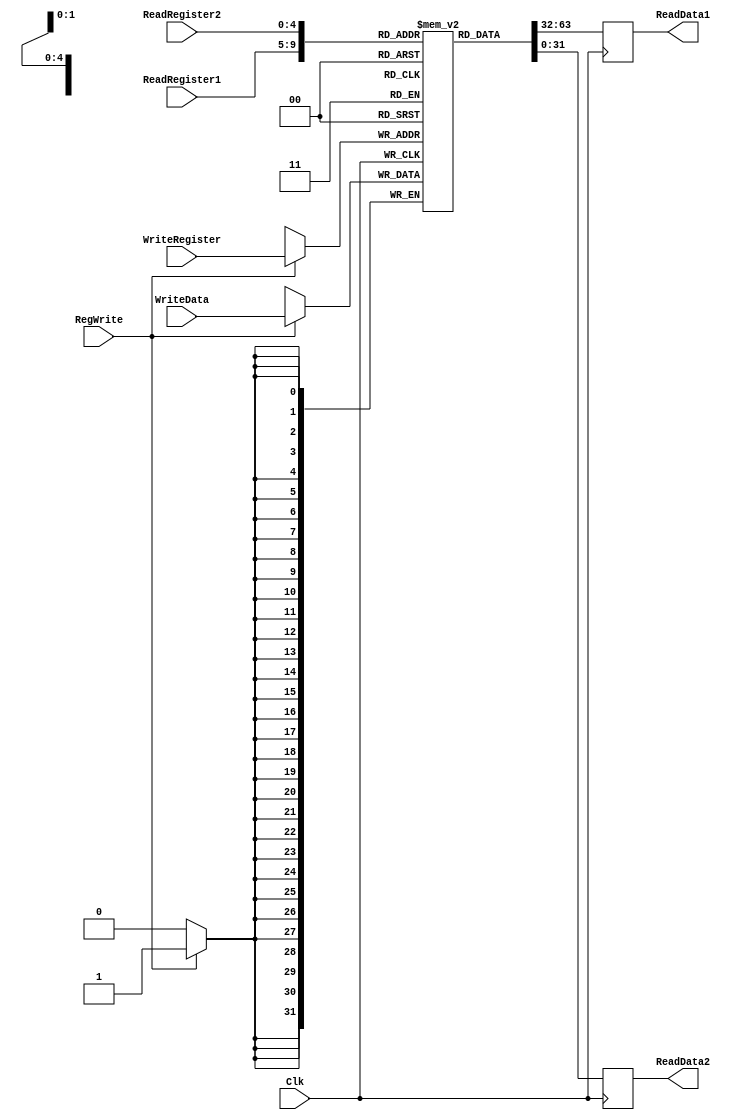
// INPUTS:-
// ReadRegister1: 5-Bit address to select a register to be read through 32-Bit 
//                output port 'ReadRegister1'.
// ReadRegister2: 5-Bit address to select a register to be read through 32-Bit 
//                output port 'ReadRegister2'.
// WriteRegister: 5-Bit address to select a register to be written through 32-Bit
//                input port 'WriteRegister'.
// WriteData: 32-Bit write input port.
// RegWrite: 1-Bit control input signal.
//
// OUTPUTS:-
// ReadData1: 32-Bit registered output. 
// ReadData2: 32-Bit registered output. 
//
// FUNCTIONALITY:-
// 'ReadRegister1' and 'ReadRegister2' are two 5-bit addresses to read two 
// registers simultaneously. The two 32-bit data sets are available on ports 
// 'ReadData1' and 'ReadData2', respectively. 'ReadData1' and 'ReadData2' are 
// registered outputs (output of register file is written into these registers 
// at the falling edge of the clock). You can view it as if outputs of registers
// specified by ReadRegister1 and ReadRegister2 are written into output 
// registers ReadData1 and ReadData2 at the falling edge of the clock. 
//
// 'RegWrite' signal is high during the rising edge of the clock if the input 
// data is to be written into the register file. The contents of the register 
// specified by address 'WriteRegister' in the register file are modified at the 
// rising edge of the clock if 'RegWrite' signal is high. The D-flip flops in 
// the register file are positive-edge (rising-edge) triggered. (You have to use 
// this information to generate the write-clock properly.) 



module RegisterFile(ReadRegister1, ReadRegister2, WriteRegister, WriteData, RegWrite, Clk, ReadData1, ReadData2);

	input [4:0] ReadRegister1,ReadRegister2,WriteRegister;
	input [31:0] WriteData;
	input RegWrite,Clk;
	
	output reg [31:0] ReadData1,ReadData2;
	
	
	reg [31:0] Registers [0:31];
	
	initial 
	 begin
		// $display("init");
		Registers[0] <= 32'd23;
		Registers[8] <= 32'd26;
		Registers[9] <= 32'd35;
		Registers[10] <= 32'd95;
		Registers[11] <= 32'd65;
		Registers[12] <= 32'd78;
		Registers[13] <= 32'd14;
		Registers[14] <= 32'd38;
		Registers[15] <= 32'd74;
		Registers[16] <= 32'd21;
		Registers[17] <= 32'd49;
		Registers[18] <= 32'd50;
		Registers[19] <= 32'd13;
		Registers[20] <= 32'd18;
		Registers[21] <= 32'd24;
		Registers[22] <= 32'd63;
		Registers[23] <= 32'd81;
		Registers[24] <= 32'd99;
		Registers[25] <= 32'd96;
		Registers[29] <= 32'd252;
		Registers[31] <= 32'b0;
	end
	
	
	always @(posedge Clk)
	begin
		
		if (RegWrite == 1) 
		begin
			Registers[WriteRegister] <= WriteData;
		end
	end
	
	always @(negedge Clk)
	begin
		//$display("run");
		ReadData1 <= Registers[ReadRegister1];
		ReadData2 <= Registers[ReadRegister2];
	end
	
	

endmodule

module top;

	reg [4:0] ReadRegister1,ReadRegister2,WriteRegister;
	reg [31:0] WriteData;
	reg RegWrite=1,Clk;
	wire [31:0] ReadData1,ReadData2;
	RegisterFile RF1(ReadRegister1, ReadRegister2, WriteRegister, WriteData, RegWrite, Clk, ReadData1, ReadData2);
	initial  
	begin
		#0 Clk = 1;
		#10 Clk = 0;
		#10 Clk = 1;
		#10 Clk = 0;
		#10 Clk = 1;
		#10 Clk = 0;
		#10 Clk = 1;
		#10 Clk = 0;

	end
	initial begin
		WriteData = 32'd525;
		ReadRegister1 = 5'd8;
		ReadRegister2 = 5'd9;
		WriteRegister = 5'd10;
		#30 ReadRegister1 = 5'd10; ReadRegister2 = 5'd9;
	end
	initial begin
		$monitor($time, "ALU Input1=%d ALU Input2=%d CLK=%d \n",ReadData1,ReadData2,Clk);

	end



endmodule